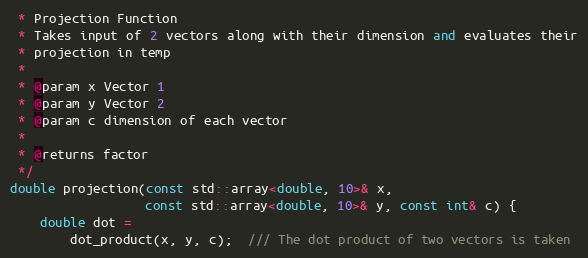
Language: C++
 * Projection Function
 * Takes input of 2 vectors along with their dimension and evaluates their
 * projection in temp
 *
 * @param x Vector 1
 * @param y Vector 2
 * @param c dimension of each vector
 *
 * @returns factor
 */
double projection(const std::array<double, 10>& x,
                  const std::array<double, 10>& y, const int& c) {
    double dot =
        dot_product(x, y, c);  /// The dot product of two vectors is taken